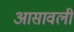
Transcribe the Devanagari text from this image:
आसावली